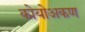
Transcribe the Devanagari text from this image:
कोयोअकण